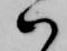
ハ